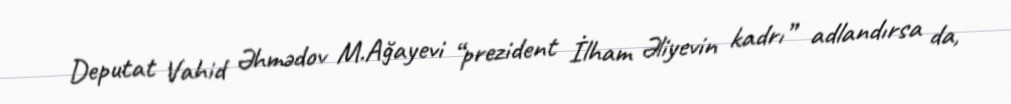
Deputat Vahid Əhmədov M.Ağayevi “prezident İlham Əliyevin kadrı” adlandırsa da,